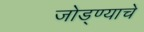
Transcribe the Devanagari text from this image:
जोड्ण्याचे